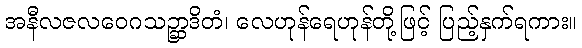
အနီလဇလဝေဂသဉ္ဆာဒိတံ၊ လေဟုန်ရေဟုန်တို့ဖြင့် ပြည့်နှက်ရကား။